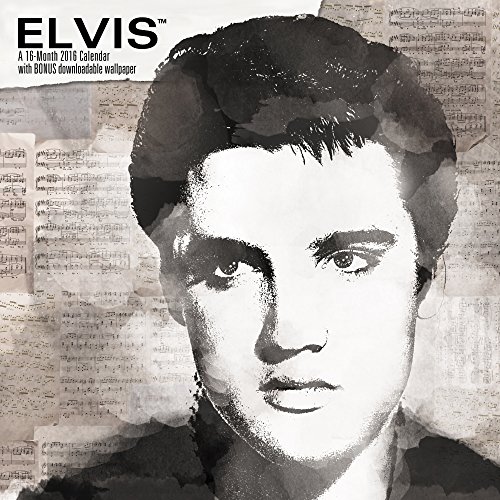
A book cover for Elvis Presley Wall Calendar (2016); Day Dream; Calendars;